Report on the working of the mental hospitals for Indians in Bihar and Orissa - 1925-1929
Year: 1925
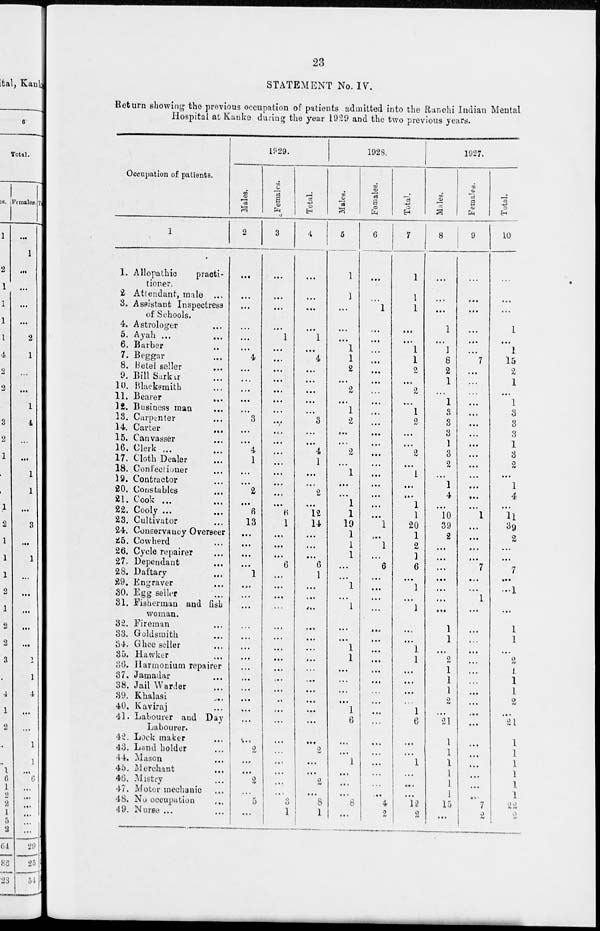
23
STATEMENT No. IV.
Return showing the previous occupation of patients admitted into the Ranchi Indian Mental
Hospital at Kanke during the year 1929 and the two previous years.
Occupation of patients.
1
1. Allopathic
practi-
tioner.
2 Attendant, male ...
3. Assistant Inspectress
of Schools.
4. Astrologer ...
5. Ayah ...
6. Barber ...
7. Beggar ...
8. Betel seller
9. Bill Sarkar ...
10. Blacksmith ...
11. Bearer
...
12. Business man ...
13. Carpenter ...
14. Carter
...
15. Canvasser ...
16. Clerk ... ...
17. Cloth Dealer ...
18. Confectioner ...
19. Contractor ...
20. Constables ...
21. Cook ... ...
22. Cooly ... ...
23. Cultivator ...
24. Conservancy Overseer
25. Cowherd ...
26. Cycle repairer ...
27. Dependant ...
28. Daftary ...
29. Engraver ...
30. Egg seller ...
31. Fisherman and fish
woman.
32. Fireman ...
33. Goldsmith ...
34. Ghee seller ...
35. Hawker ...
36. Harmonium repairer
37. Jamadar ...
38. Jail Warder ...
39. Khalasi ...
40. Kaviraj ...
41. Labourer and Day
Labourer.
42. Lock maker ...
43. Land holder ...
44. Mason ...
45. Merchant ...
46. Mistry ...
47. Motor mechanic ...
48. No occupation ...
49. Nurse ...
1929.
Males.
2
...
...
...
...
...
...
4
...
...
...
...
...
3
...
...
4
1
...
...
2
...
6
13
...
...
...
...
1
...
...
...
...
...
...
...
...
...
...
...
...
...
...
2
...
...
2
...
5
...
Females.
3
...
...
...
...
1
...
...
...
...
...
...
...
...
...
...
...
...
...
...
...
...
6
1
...
...
...
6
...
...
...
...
...
...
...
...
...
...
...
...
...
...
...
...
...
...
...
...
3
1
Total.
4
...
...
...
...
1
...
4
...
...
...
...
...
3
...
...
4
1
...
...
2
...
12
14
...
...
...
6
1
...
...
...
...
...
...
...
...
...
...
...
...
...
...
2
...
...
2
...
8
1
1928.
Males.
5
1
1
...
...
...
1
1
2
...
2
...
1
2
...
...
2
...
1
...
...
1
1
19
1
1
1
...
...
1
...
1
...
...
1
1
...
...
...
...
1
6
...
...
1
...
...
...
8
...
Females.
6
...
...
1
...
...
...
...
...
...
...
...
...
...
...
...
...
...
...
...
...
...
...
1
...
1
. . .
6
...
...
...
...
...
...
...
...
...
...
...
...
...
...
...
...
...
...
...
...
4
2
Total.
7
1
1
1
...
...
1
1
2
...
2
...
1
2
...
...
2
...
1
...
...
1
1
20
1
2
1
6
...
1
...
1
...
...
1
1
...
...
...
...
1
6
...
...
1
...
...
...
12
2
1927.
Males.
8
...
...
...
1
...
1
8
2
1
...
1
3
3
3
1
3
2
...
1
4
...
10
39
2
...
...
...
...
...
...
...
1
1
...
2
1
1
1
2
...
21
1
1
1
1
1
1
15
...
Females.
9
...
...
...
...
...
...
7
...
...
...
...
...
...
...
...
...
...
...
...
...
1
...
...
...
...
7
...
...
1
...
...
...
...
...
...
...
...
...
...
...
...
...
...
...
...
...
7
2
Total.
10
...
...
...
1
...
1
15
2
1
...
1
3
3
3
1
3
2
...
1
4
...
11
39
2
...
...
7
...
...1
...
...
1
1
...
2
1
1
1
2
...
21
1
1
1
1
1
1
22
2